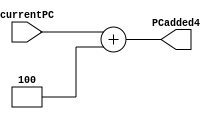
`timescale 1ns/1ps

module Add4ForPC
                (
                    input wire [32-1:0]currentPC,
                    output wire [32-1:0]PCadded4
                );

assign PCadded4 = currentPC + 4;
endmodule